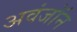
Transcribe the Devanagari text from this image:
अवंजॉन